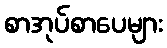
စာအုပ်စာပေများ